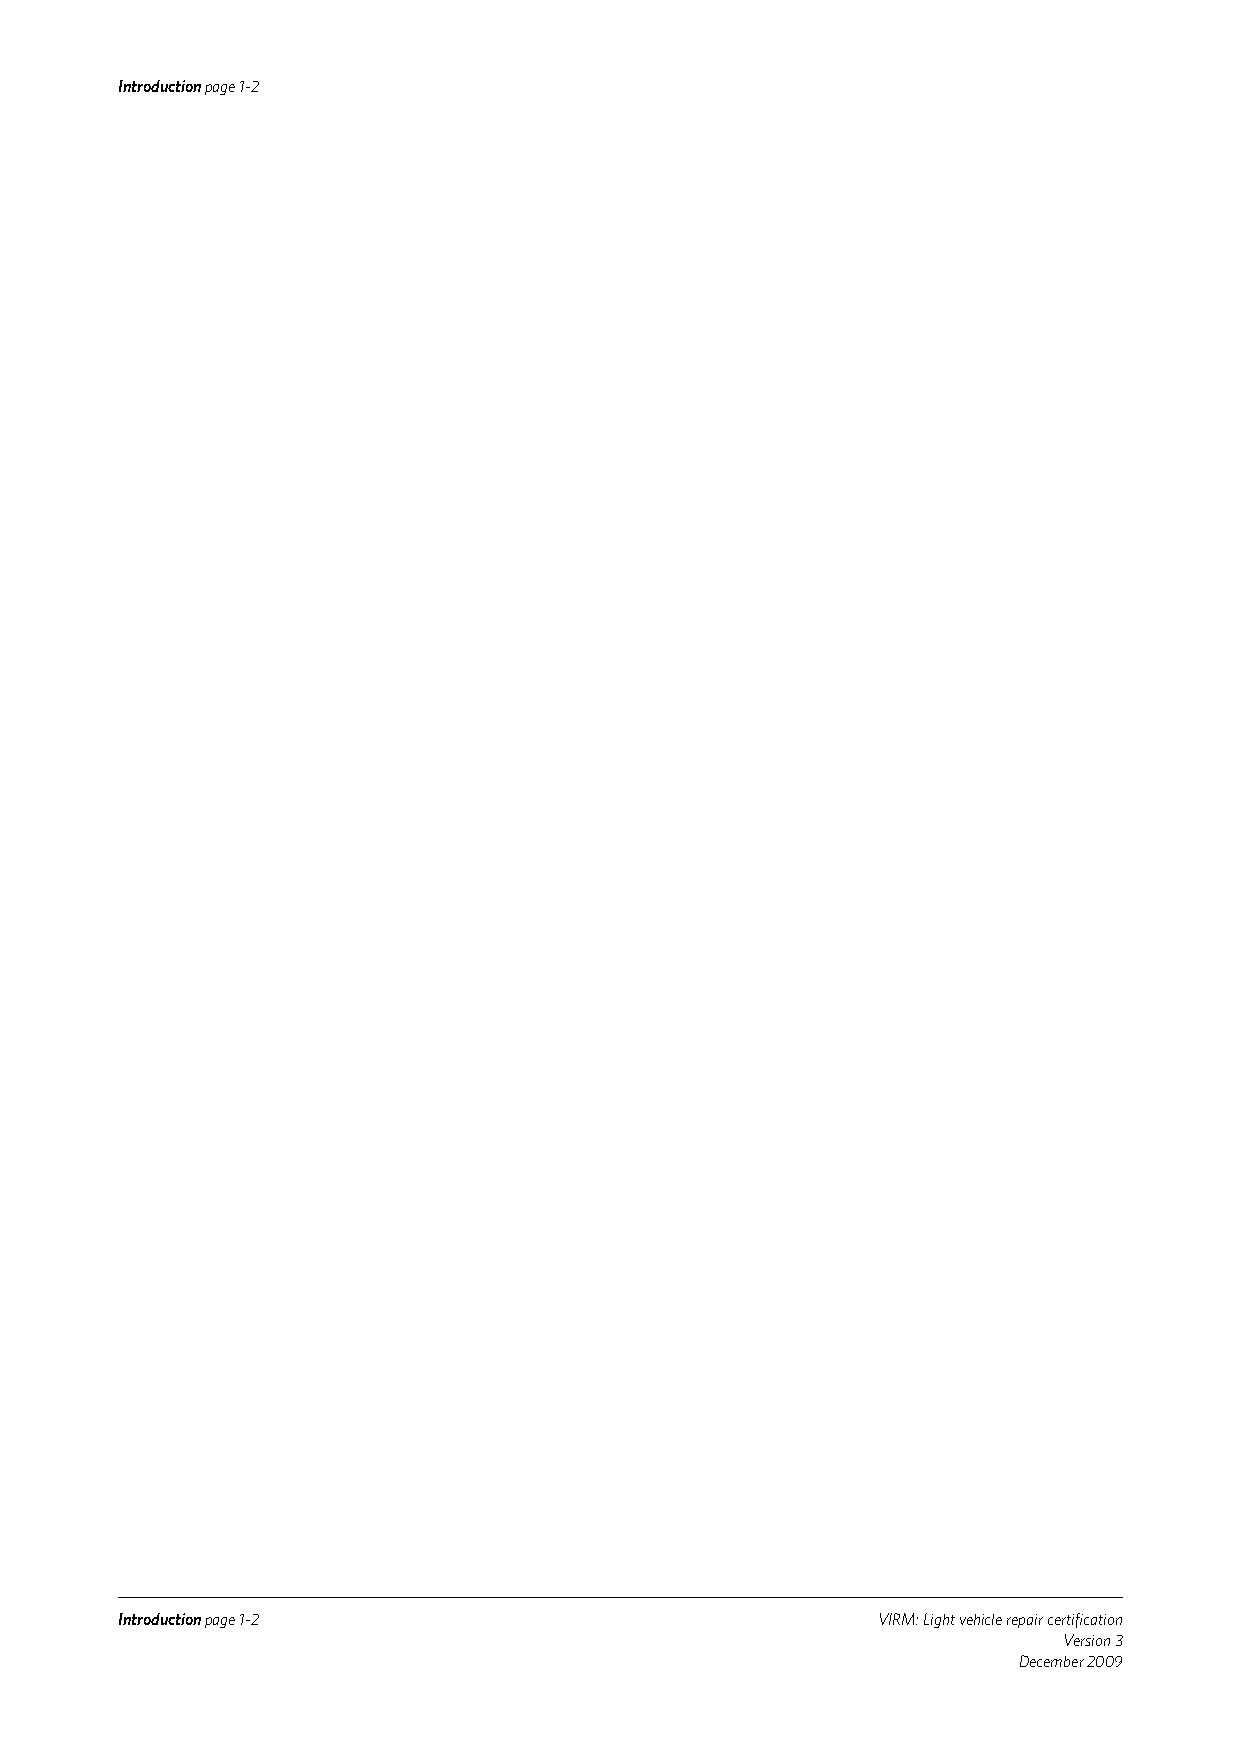
Introduction page 1-2
 Introduction page 1-2                             VIRM: Light vehicle repair certification
 Version 3
 December 2009